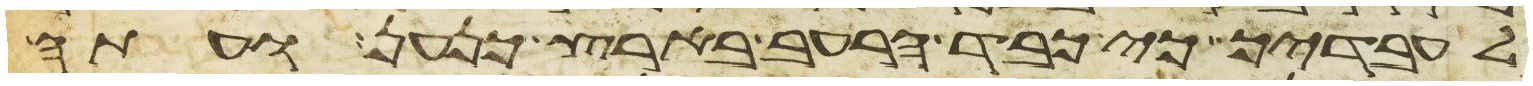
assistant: לעבדיך כי כבד הרעב בארץ כנען ועתה